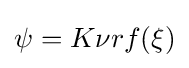
\psi =K\nu rf(\xi )